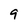
Character: 9